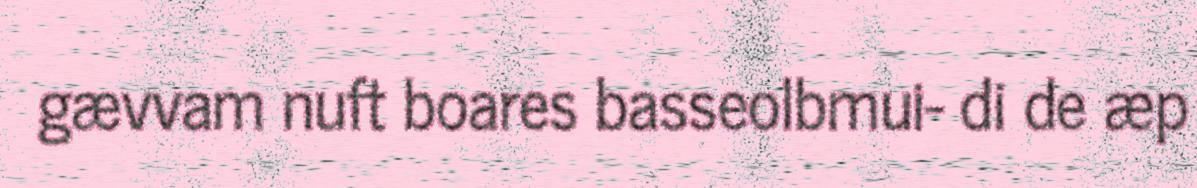
gævvam nuft boares basseolbmui- di de æp